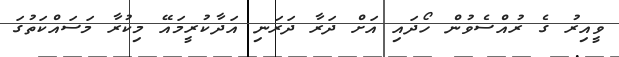
ވީއިރު ގެ ރުއްސެވުން ހޯދައި އަށް ދަރާ ދަރަނި އަދާކުރީމައޭ މިކުރާ މަސައްކަތުގަ